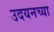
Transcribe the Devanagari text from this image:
उदयनच्या